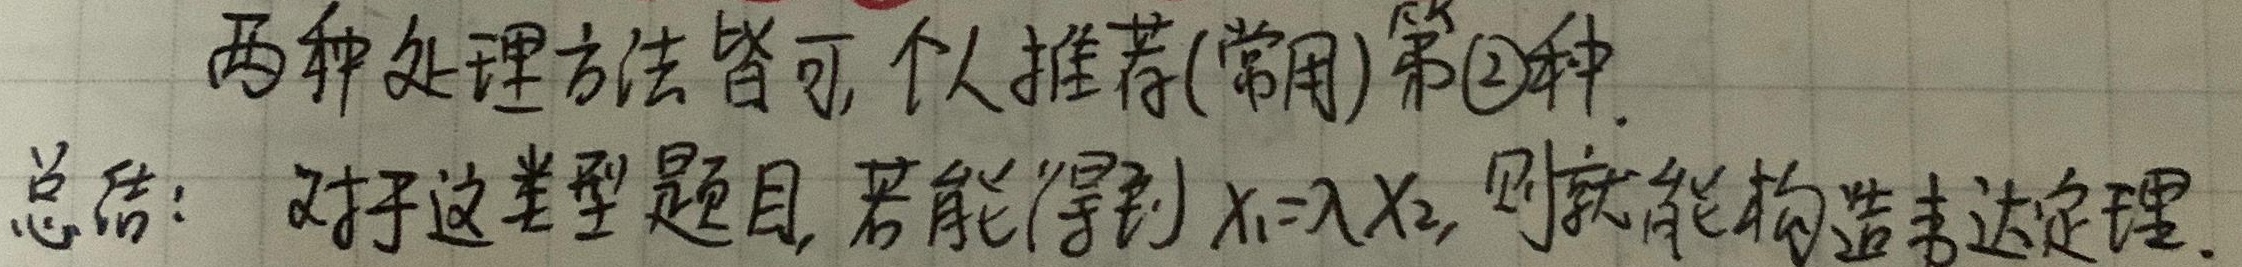
两种处理方法皆可，个人推荐(常用)第\textcircled{2}种.总结：对于这类型题目，若能得到\(x_1 = \lambda x_2\)，则就能构造韦达定理.